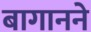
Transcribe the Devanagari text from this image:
बागानने